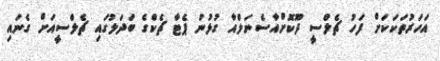
އަހަރުތަކަކަށް ފަހު ޗެލްސީ ދޫކޮށްއާސެނަލްއާ ގުޅުނު ޕެޓާ ޗެކްގެ ބަދަލުގައި ޗެލްސީއަށް ގެނައި